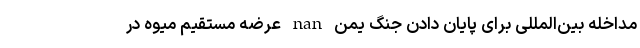
مداخله بین‌المللی برای پایان دادن جنگ یمن nan عرضه مستقیم میوه در